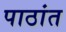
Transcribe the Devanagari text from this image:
पाठांत